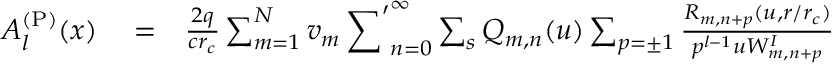
\begin{array} { r l r } { A _ { l } ^ { \mathrm { ( P ) } } ( x ) } & { { } = } & { \frac { 2 q } { c r _ { c } } \sum _ { m = 1 } ^ { N } v _ { m } \sideset { } { ' } { \sum } _ { n = 0 } ^ { \infty } \sum _ { s } Q _ { m , n } ( u ) \sum _ { p = \pm 1 } \frac { R _ { m , n + p } ( u , r / r _ { c } ) } { p ^ { l - 1 } u W _ { m , n + p } ^ { I } } } \end{array}